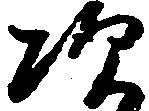
次